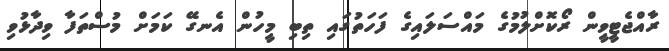
ރާއްޖެޓީވީން ރޯކޮށްލުމުގެ މައްސަލައިގެ ފަހަތުގައި ތިބި މީހުން އެނގޭ ކަމަށް މުސްތަފާ ވިދާޅުވި